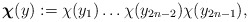
\begin{align*}\boldsymbol{\chi}(y):=\chi(y_1)\ldots\chi(y_{2n-2})\chi(y_{2n-1}),\end{align*}